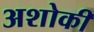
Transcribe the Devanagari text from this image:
अशोकी